Sanitation, dispensaries and jails vaccination Rajputana 1922-1927 - 1922-1927
Year: 1922
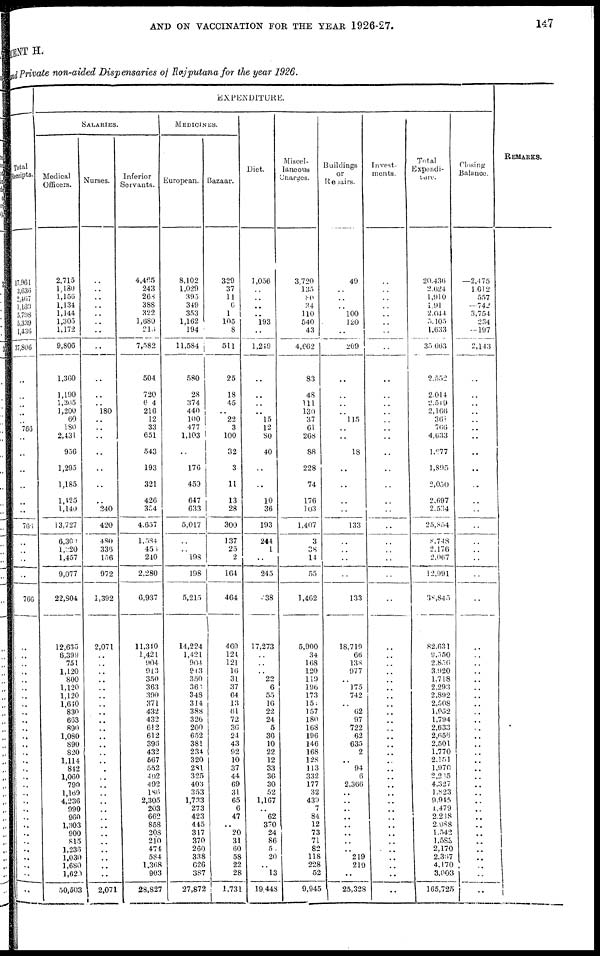
AND ON VACCINATION FOR THE YEAR 1926-27.
147
MENT H.
and Private non-aided Dispensaries of Rajputana for the year 1926.
Total
Receipts.
17,061
3,636
2,467
1,160
5,798
5,339
1,436
37,806
..
..
..
..
..
766
..
..
..
..
..
..
766
..
..
..
..
766
..
..
..
..
..
..
..
..
..
..
..
..
..
..
..
..
..
..
..
..
..
..
..
..
..
..
.. ..
..
..
EXPENDITURE.
SALARIES.
Medical
Officers.
2,715
1,180
1,156
1,134
1,144
1,305
1,172
9,806
1,360
1,190
1,305
1,200
60
180
2,431
956
1,295
1,185
1,425
1,140
13,727
6,300
1,220
1,457
9,077
22,804
12,635
6,399
751
1,120
800
1,120
1,120
1,640
830
663
890
1,080
890
820
1,114
842
1,060
790
1,169
4,236
990
960
1,303
900
815
1,236
1,030
1,680
1,620
50,503
Nurses.
..
..
..
..
..
..
..
..
..
..
..
180
..
..
..
..
..
..
..
240
420
480
336
156
972
1,392
2,071
..
..
..
..
..
..
..
..
..
..
..
..
..
..
..
..
..
..
..
..
..
..
..
..
..
..
..
..
2,071
Inferior
Servants.
4,465
243
268
388
322
1,680
215
7,582
504
720
604
216
12
33
651
543
193
321
426
354
4,657
1,584
455
240
2,280
6,937
11,340
1,421
904
913
350
363
390
371
432
432
612
612
396
432
567
552
402
492
186
2,305
203
662
858
208
210
474
584
1,368
903
28,827
MEDICINES.
European.
8,102
1,029
395
349
353
1,162
194
11,584
580
28
374
440
100
477
1,103
..
176
459
647
633
5,017
..
..
198
198
5,215
14,224
1,421
904
913
350
361
348
314
388
326
200
652
381
234
320
281
325
403
353
1,733
273
423
445
317
370
260
338
626
387
27,872
Bazaar.
329
37
11
6
1
105
8
511
25
18
45
..
22
3
100
32
3
11
13
28
300
137
25
2
164
464
469
121
121
16
31
37
64
13
61
72
36
24
43
92
10
37
44
69
31
65
6
47
..
20
31
60
58
22
28
1,731
Diet.
1,056
..
..
..
..
193
..
1,249
..
..
..
..
15
12
80
40
..
..
10
36
193
244
1
..
245
238
17,273
..
..
..
22
6
55
16
22
24
5
30
10
22
12
33
36
30
52
1,167
..
62
370
24
86
50
20
..
13
19,448
Miscel-
laneous
Charges.
3,720
135
80
34
110
540
43
4,662
83
48
111
130
37
61
268
88
228
74
176
103
1,407
3
38
14
55
1,462
5,900
34
168
120
119
196
173
150
157
180
168
196
146
168
128
113
332
177
32
439
7
84
12
73
71
82
118
228
52
9,945
Buildings
or
Repairs.
49
..
..
..
100
120
..
269
..
..
..
..
115
..
..
18
..
..
..
..
133
..
..
..
..
133
18,719
66
138
977
..
175
742
..
62
97
722
62
635
2
..
94
6
2,366
..
..
..
..
..
..
..
..
219
219
..
25,328
Invest-
ments.
..
..
..
..
..
..
..
..
..
..
..
..
..
..
..
..
..
..
..
..
..
..
..
..
..
..
..
..
..
..
..
..
..
..
..
..
..
..
..
..
..
..
..
..
..
..
..
..
..
..
..
..
..
..
..
..
Total
Expendi¬
ture.
20,436
2,624
1,910
1,91
2,044
5,105
1,633
35,663
2,552
2,014
2,519
2,166
366
766
4,633
1,677
1,895
2,050
2,697
2,534
25,854
8,748
2,176
2,067
12,991
38,845
82,631
9,550
2,856
3,920
1,718
2,293
2,892
2,508
1,952
1,794
2,633
2,656
2,501
1,770
2,151
1,970
2,205
4,327
1,823
9,945
1,479
2,238
2,988
1,542
1,588
2,170
2,367
4,170
3,003
165,725
Closing
Balance.
—2,475
1,012
557
—742
3,754
234
— 197
2,143
..
..
..
..
..
..
..
..
..
..
..
..
..
..
..
..
..
..
..
..
..
..
..
..
..
..
..
..
..
..
..
..
..
..
..
..
..
..
..
..
..
..
..
..
..
..
..
..
REMARKS.